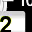
Digit: 2